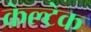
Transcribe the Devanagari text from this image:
केल्टेक